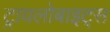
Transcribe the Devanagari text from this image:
ट्रायलोबाइट्स